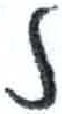
אות: ז